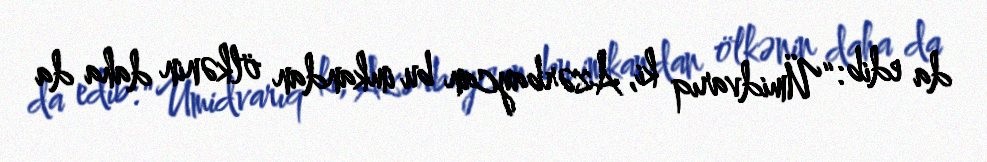
da edib: “Ümidvarıq ki, Azərbaycan bu imkandan ölkənin daha da